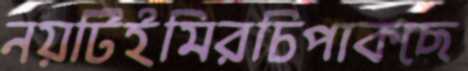
নয়টিইমিরচিপাকছে